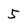
Character: 5